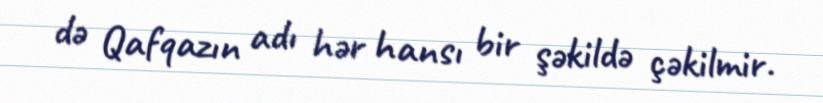
də Qafqazın adı hər hansı bir şəkildə çəkilmir.